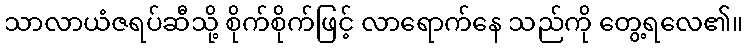
သာလာယံဇရပ်ဆီသို့ စိုက်စိုက်ဖြင့် လာရောက်နေ သည်ကို တွေ့ရလေ၏။